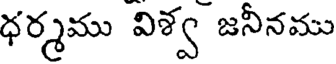
ధర్మము విశ్వ జనీనము